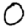
Digit: 0